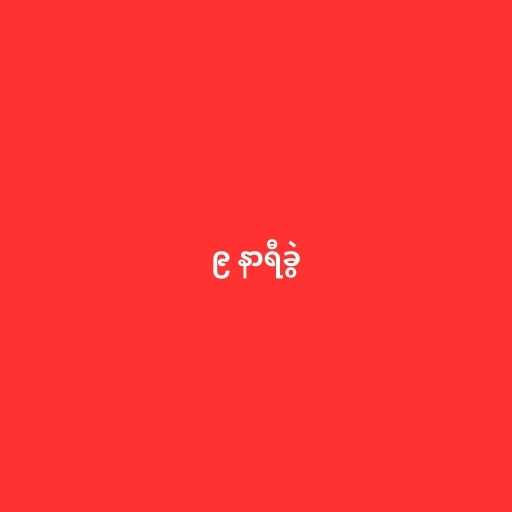
၉ နာရီခွဲ